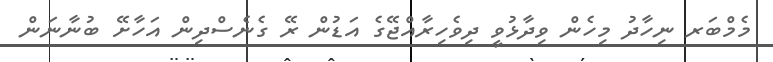
މެމްބަރ ނިހާދު މިހެން ވިދާޅުވީ ދިވެހިރާއްޖޭގެ އަޑުން ރޭ ގެނެސްދިން އަހާށޭ ބުނާނަން